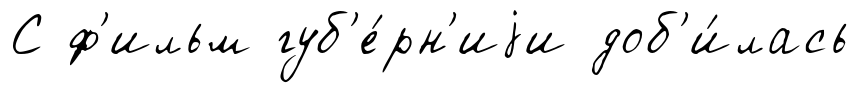
С ф'ильм губ'е́рн'иjи доб'и́лась